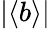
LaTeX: |\langle b\rangle|